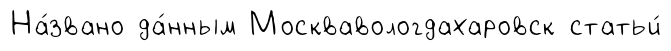
На́звано да́нным Москвавологдахаровск статьи́